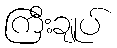
ကြီးချုပ်